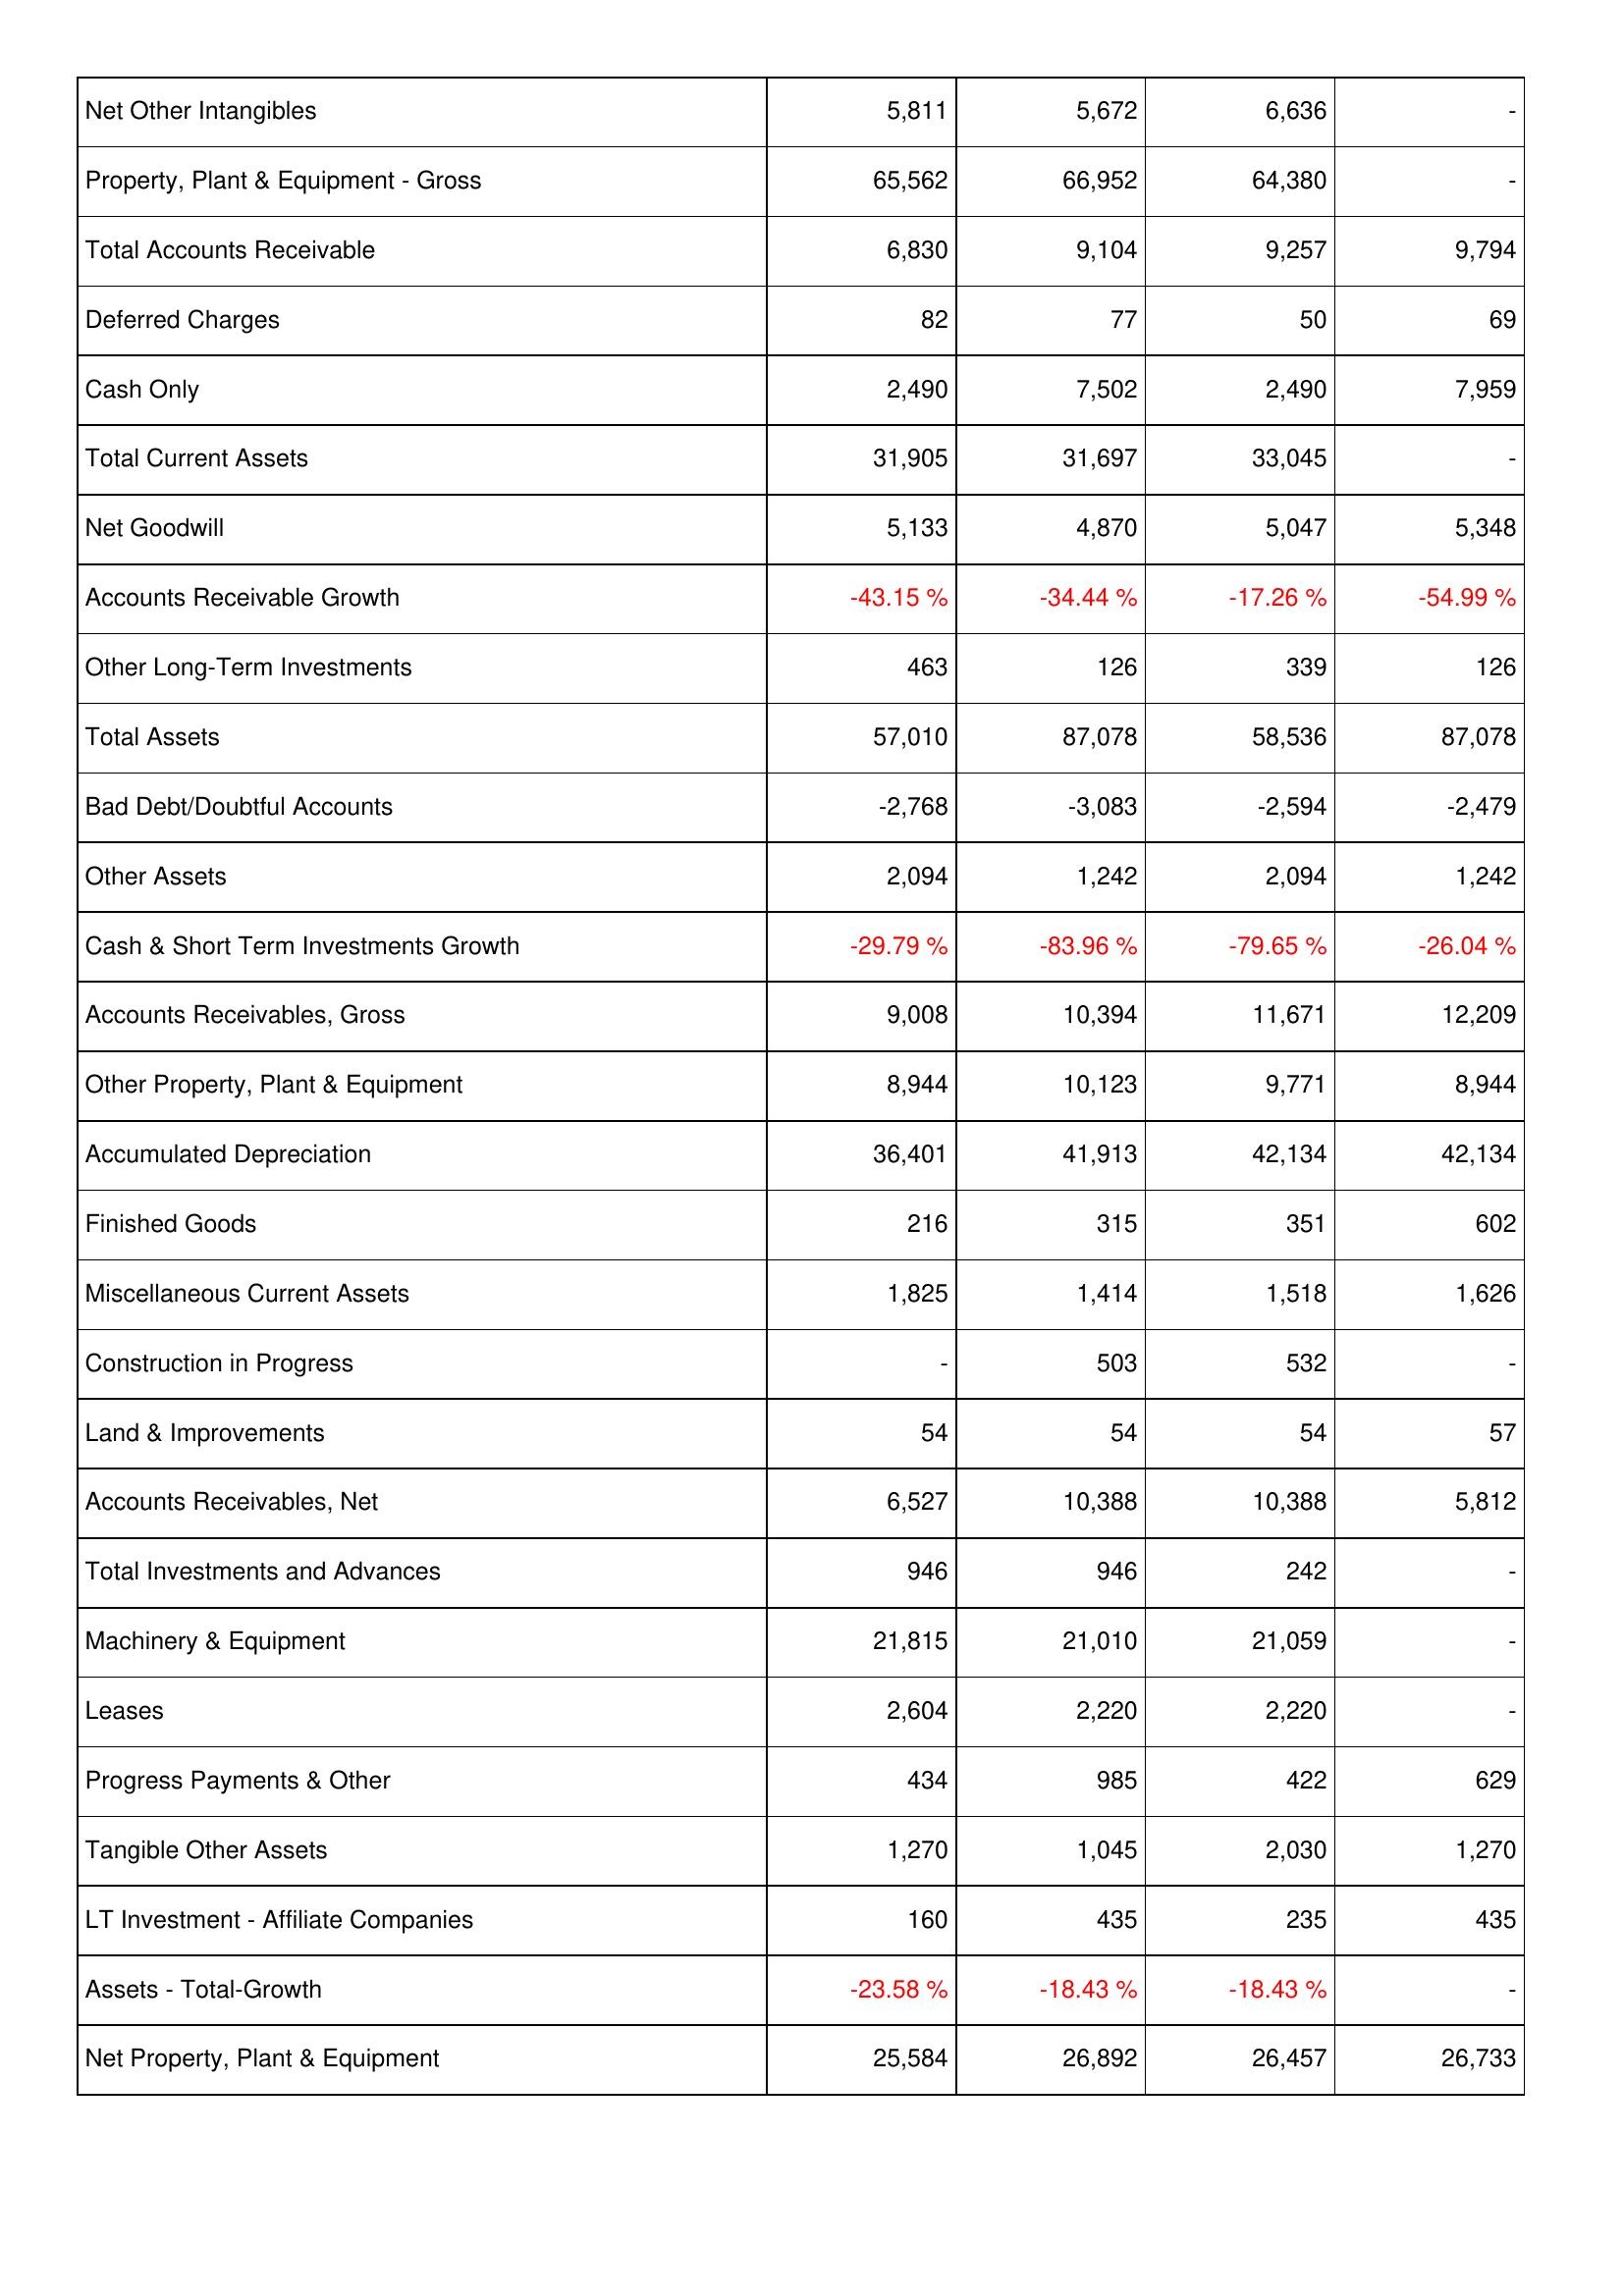
2020: Assets: Net Other Intangibles: 5,811
Property, Plant & Equipment - Gross: 65,562
Total Accounts Receivable: 6,830
Deferred Charges: 82
Cash Only: 2,490
Total Current Assets: 31,905
Net Goodwill: 5,133
Accounts Receivable Growth: -43.15 %
Other Long-Term Investments: 463
Total Assets: 57,010
Bad Debt/Doubtful Accounts: -2,768
Other Assets: 2,094
Cash & Short Term Investments Growth: -29.79 %
Accounts Receivables, Gross: 9,008
Other Property, Plant & Equipment: 8,944
Accumulated Depreciation: 36,401
Finished Goods: 216
Miscellaneous Current Assets: 1,825
Construction in Progress: -
Land & Improvements: 54
Accounts Receivables, Net: 6,527
Total Investments and Advances: 946
Machinery & Equipment: 21,815
Leases: 2,604
Progress Payments & Other: 434
Tangible Other Assets: 1,270
LT Investment - Affiliate Companies: 160
Assets - Total-Growth: -23.58 %
Net Property, Plant & Equipment: 25,584
2021: Assets: Net Other Intangibles: 5,672
Property, Plant & Equipment - Gross: 66,952
Total Accounts Receivable: 9,104
Deferred Charges: 77
Cash Only: 7,502
Total Current Assets: 31,697
Net Goodwill: 4,870
Accounts Receivable Growth: -34.44 %
Other Long-Term Investments: 126
Total Assets: 87,078
Bad Debt/Doubtful Accounts: -3,083
Other Assets: 1,242
Cash & Short Term Investments Growth: -83.96 %
Accounts Receivables, Gross: 10,394
Other Property, Plant & Equipment: 10,123
Accumulated Depreciation: 41,913
Finished Goods: 315
Miscellaneous Current Assets: 1,414
Construction in Progress: 503
Land & Improvements: 54
Accounts Receivables, Net: 10,388
Total Investments and Advances: 946
Machinery & Equipment: 21,010
Leases: 2,220
Progress Payments & Other: 985
Tangible Other Assets: 1,045
LT Investment - Affiliate Companies: 435
Assets - Total-Growth: -18.43 %
Net Property, Plant & Equipment: 26,892
2022: Assets: Net Other Intangibles: 6,636
Property, Plant & Equipment - Gross: 64,380
Total Accounts Receivable: 9,257
Deferred Charges: 50
Cash Only: 2,490
Total Current Assets: 33,045
Net Goodwill: 5,047
Accounts Receivable Growth: -17.26 %
Other Long-Term Investments: 339
Total Assets: 58,536
Bad Debt/Doubtful Accounts: -2,594
Other Assets: 2,094
Cash & Short Term Investments Growth: -79.65 %
Accounts Receivables, Gross: 11,671
Other Property, Plant & Equipment: 9,771
Accumulated Depreciation: 42,134
Finished Goods: 351
Miscellaneous Current Assets: 1,518
Construction in Progress: 532
Land & Improvements: 54
Accounts Receivables, Net: 10,388
Total Investments and Advances: 242
Machinery & Equipment: 21,059
Leases: 2,220
Progress Payments & Other: 422
Tangible Other Assets: 2,030
LT Investment - Affiliate Companies: 235
Assets - Total-Growth: -18.43 %
Net Property, Plant & Equipment: 26,457
2023: Assets: Net Other Intangibles: -
Property, Plant & Equipment - Gross: -
Total Accounts Receivable: 9,794
Deferred Charges: 69
Cash Only: 7,959
Total Current Assets: -
Net Goodwill: 5,348
Accounts Receivable Growth: -54.99 %
Other Long-Term Investments: 126
Total Assets: 87,078
Bad Debt/Doubtful Accounts: -2,479
Other Assets: 1,242
Cash & Short Term Investments Growth: -26.04 %
Accounts Receivables, Gross: 12,209
Other Property, Plant & Equipment: 8,944
Accumulated Depreciation: 42,134
Finished Goods: 602
Miscellaneous Current Assets: 1,626
Construction in Progress: -
Land & Improvements: 57
Accounts Receivables, Net: 5,812
Total Investments and Advances: -
Machinery & Equipment: -
Leases: -
Progress Payments & Other: 629
Tangible Other Assets: 1,270
LT Investment - Affiliate Companies: 435
Assets - Total-Growth: -
Net Property, Plant & Equipment: 26,733